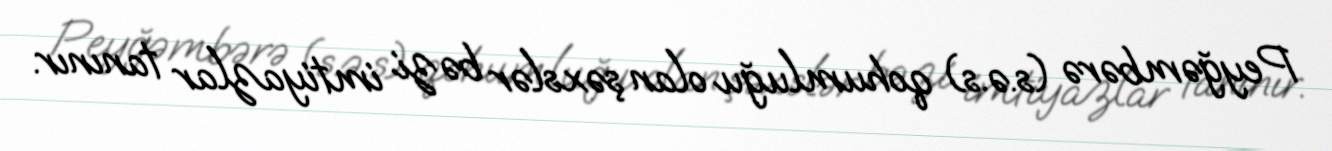
Peyğəmbərə (s.ə.s) qohumluğu olan şəxslər bəzi imtiyazlar tanınır.